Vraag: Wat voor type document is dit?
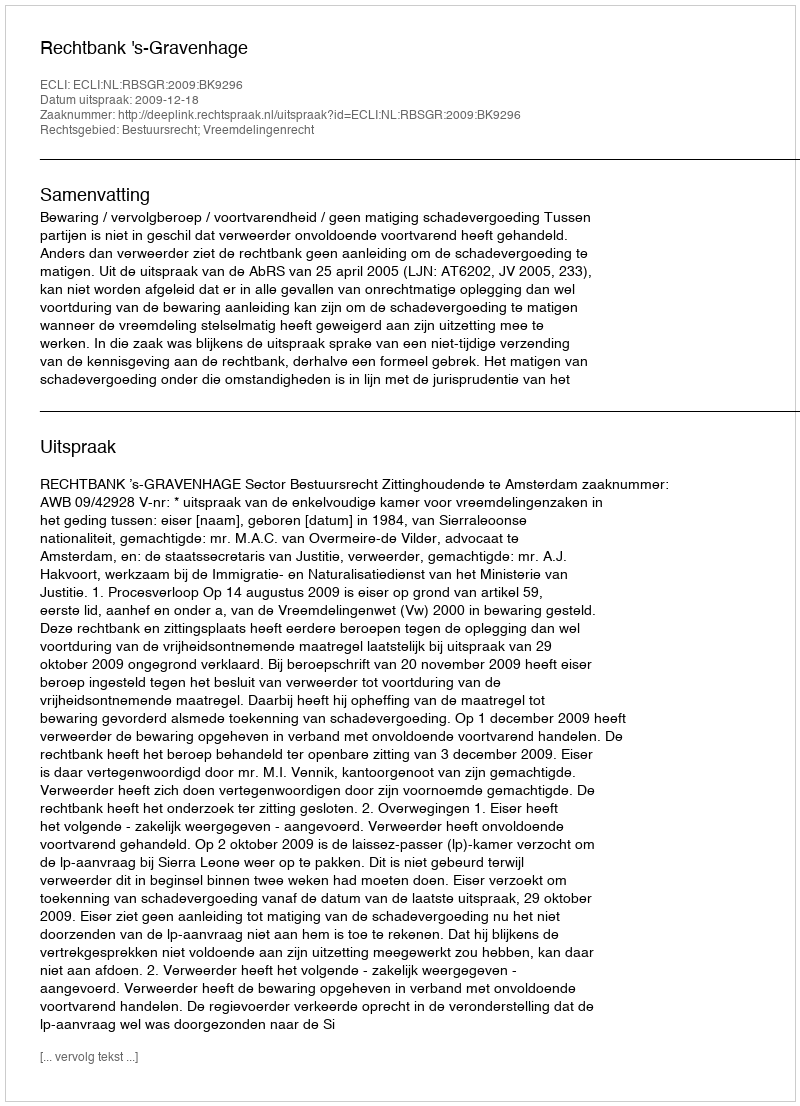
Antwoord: Uitspraak